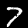
Digit: 7